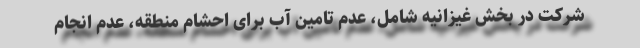
شرکت در بخش غیزانیه شامل، عدم تامین آب برای احشام منطقه، عدم انجام